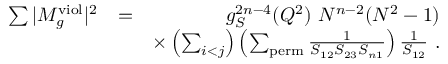
\begin{array} { r l r } { \sum \vert M _ { g } ^ { \mathrm { v i o l } } \vert ^ { 2 } } & { = } & { g _ { S } ^ { 2 n - 4 } ( Q ^ { 2 } ) ~ N ^ { n - 2 } ( N ^ { 2 } - 1 ) } \\ & { } & { \times \left( \sum _ { i < j } \right) \left( \sum _ { \mathrm { p e r m } } \frac { 1 } { S _ { 1 2 } S _ { 2 3 } S _ { n 1 } } \right) \frac { 1 } { S _ { 1 2 } } ~ . } \end{array}